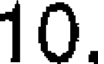
10.